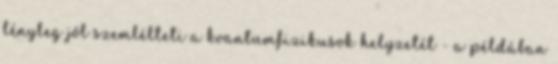
tényleg jól szemlélteti a kvantumfizikusok helyzetét - a példában